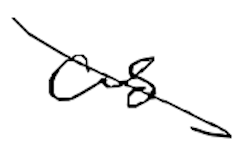
Text: as
Cross-out: diagonal
Writing tool: digital_black